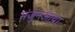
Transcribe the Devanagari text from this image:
मंजुनआथा